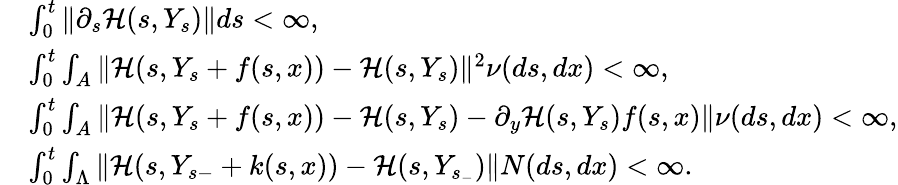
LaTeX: \begin{array}{rl}&{\int_{0}^{t}\| \partial_{s}{\mathcal H}(s,Y_{s})\| ds<\infty,}\\ &{\int_{0}^{t}\int_{A}\| {\mathcal H}(s,Y_{s}+f(s,x))-{\mathcal H}(s,Y_{s})\| ^{2}\nu(ds,dx)<\infty,}\\ &{\int_{0}^{t}\int_{A}\| {\mathcal H}(s,Y_{s}+f(s,x))-{\mathcal H}(s,Y_{s})-\partial_{y}{\mathcal H}(s,Y_{s})f(s,x)\| \nu(ds,dx)<\infty,}\\ &{\int_{0}^{t}\int_{\Lambda}\| {\mathcal H}(s,Y_{s-}+k(s,x))-{\mathcal H}(s,Y_{s_{-}})\| N(ds,dx)<\infty.}\end{array}